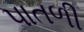
પાતળી